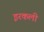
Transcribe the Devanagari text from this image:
इरकली